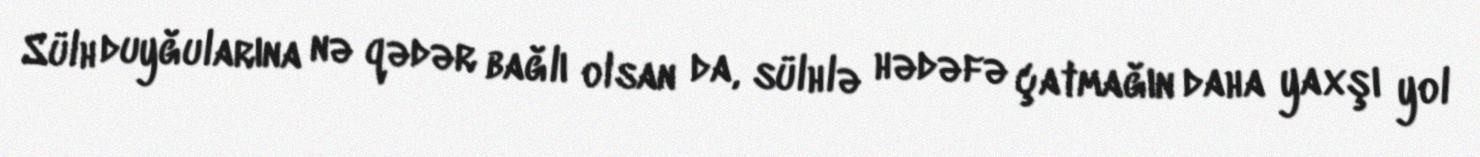
Sülh duyğularına nə qədər bağlı olsan da, sülhlə hədəfə çatmağın daha yaxşı yol